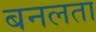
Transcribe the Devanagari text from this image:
बनलता